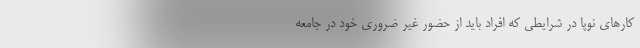
کارهای نوپا در شرایطی که افراد باید از حضور غیر ضروری خود در جامعه